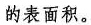
的表面积。